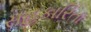
સહકારિતા